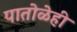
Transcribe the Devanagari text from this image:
पातोळेही